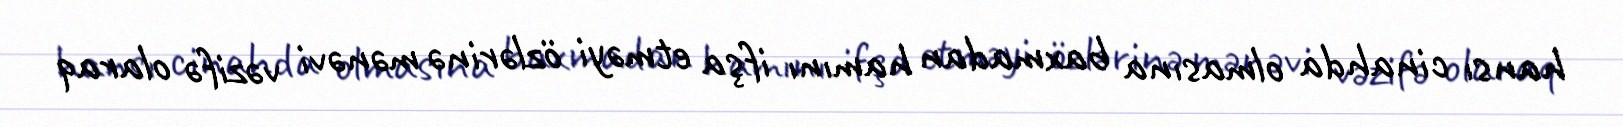
hansı cinahda olmasına baxmadan hamını ifşa etməyi özlərinə mənəvi vəzifə olaraq